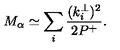
M _ { \alpha } \simeq \sum _ { i } \frac { ( k _ { i } ^ { \perp } ) ^ { 2 } } { 2 P ^ { + } } .